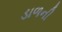
ડાળની